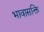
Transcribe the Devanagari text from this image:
भावासक्ति